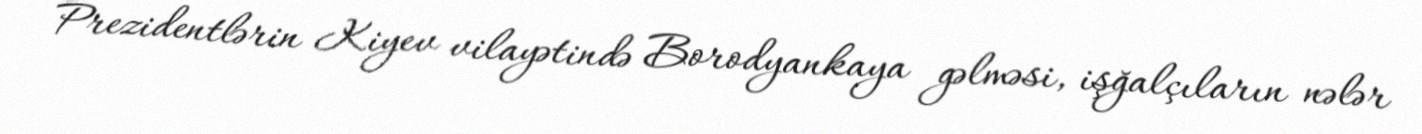
Prezidentlərin Kiyev vilayətində Borodyankaya gəlməsi, işğalçıların nələr